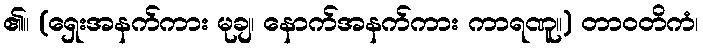
၏။ (ရှေးအနက်ကား မုချ၊ နောက်အနက်ကား ကာရဏူ။) တာဝတိကံ၊